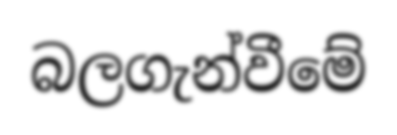
බලගැන්වීමේ